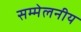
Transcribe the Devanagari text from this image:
सम्मेलनीय